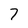
Character: 7